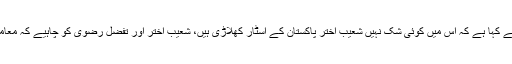
سوشل میڈیا پر محمد یوسف نے کہا ہے کہ اس میں کوئی شک نہیں شعیب اختر پاکستان کے اسٹار کھلاڑی ہیں، شعیب اختر اور تفضل رضوی کو چاہیے کہ معاملہ افہام و تفہیم سے حل کریں۔